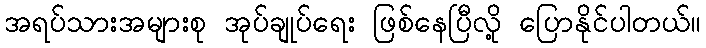
အရပ်သားအများစု အုပ်ချုပ်ရေး ဖြစ်နေပြီလို့ ပြောနိုင်ပါတယ်။